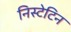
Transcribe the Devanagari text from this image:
निस्टेटिन